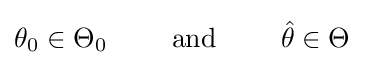
\theta _{0}\in \Theta _{0}\qquad {\text{ and }}\qquad {\hat {\theta }}\in \Theta ~